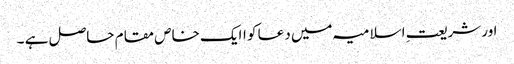
اور شریعتِ اسلامیہ میں دعا کو اایک خاص مقام حاصل ہے ۔